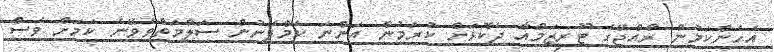
އެހެންކަމުން ރާއްޖޭގެ ޓޫރިޒަމްއާ ދެކޮޅަށް ކުރަމުން އަންނަ ކެމްޕޭނުން ސަލާމަތްވެވޭނެ ކަމަށް ވެސް